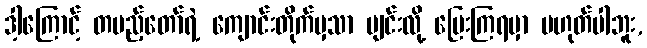
ဒါ့ကြောင့် တပည့်တော်ရဲ့ ကျောင်းတိုက်မှသာ ပျင်းလို့ ပြေးကြရမှာ မဟုတ်ပါဘူး,